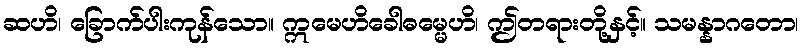
ဆဟိ၊ ခြောက်ပါးကုန်သော။ ဣမေဟိခေါဓမ္မေဟိ၊ ဤတရားတို့နှင့်။ သမန္နာဂတော၊